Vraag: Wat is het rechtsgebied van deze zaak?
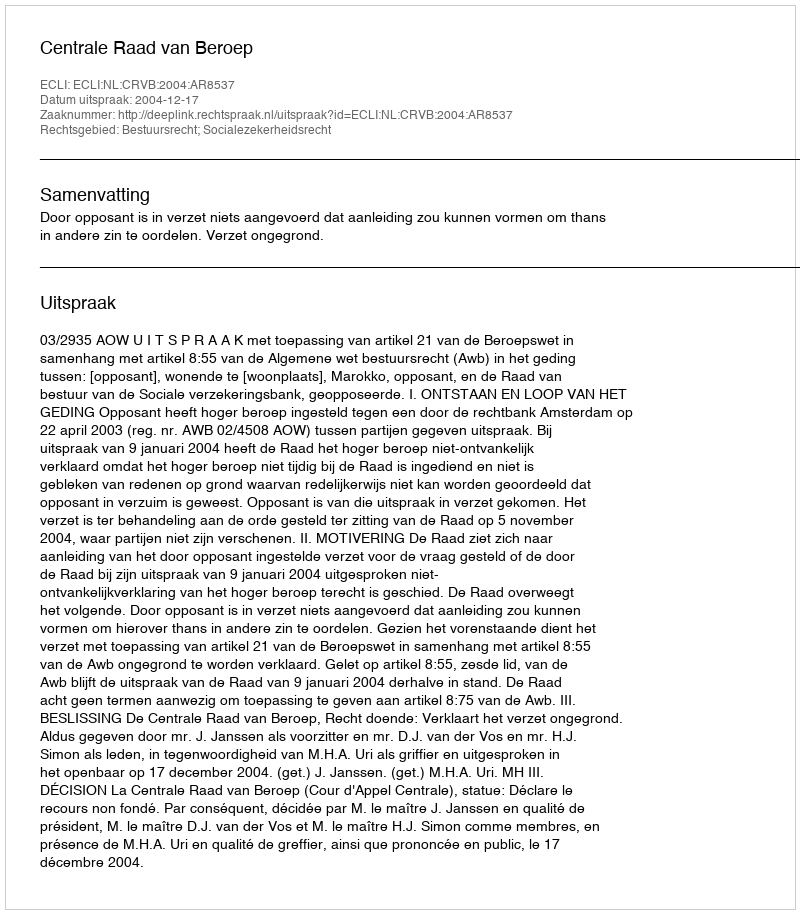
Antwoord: Bestuursrecht; Socialezekerheidsrecht